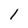
Character: 1